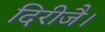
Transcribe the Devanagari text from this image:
दिरीजै।